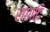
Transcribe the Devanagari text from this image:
रागादि